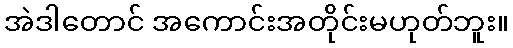
အဲဒါတောင် အကောင်းအတိုင်းမဟုတ်ဘူး။